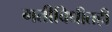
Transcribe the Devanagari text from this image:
गतीविधीतही